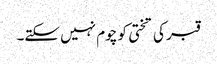
قبر کی تختی کو چوم نہیں سکتے۔